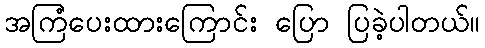
အကြံပေးထားကြောင်း ပြော ပြခဲ့ပါတယ်။